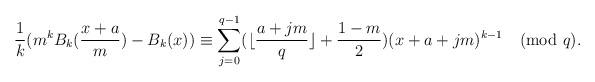
LaTeX: \begin{align*}\frac{1}{k}(m^{k}B_{k}(\frac{x+a}{m})-B_{k}(x))\equiv \sum_{j=0}^{q-1}(\lfloor\frac{a+jm}{q}\rfloor+\frac{1-m}{2})(x+a+jm)^{k-1}\pmod q.\end{align*}